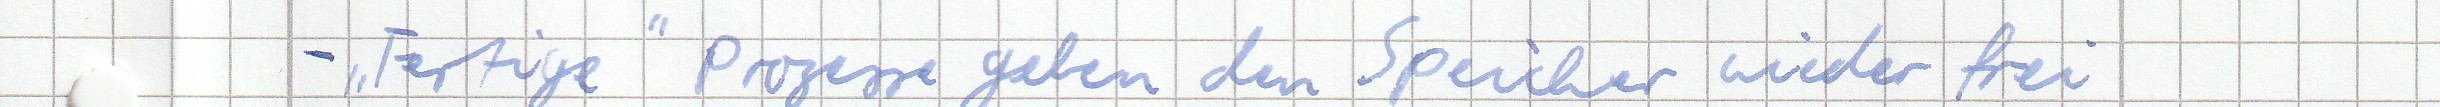
- "Fertige" Prozesse geben den Speicher wieder frei